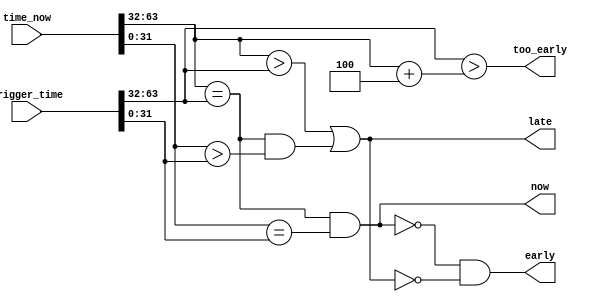

// Top 32 bits are integer seconds, bottom 32 are clock ticks within a second

module time_compare
  (input [63:0] time_now,
   input [63:0] trigger_time,
   output now,
   output early,
   output late, 
   output too_early);
   
   wire    sec_match   = (time_now[63:32] == trigger_time[63:32]);
   wire    sec_late    = (time_now[63:32] > trigger_time[63:32]);

   wire    tick_match  = (time_now[31:0] == trigger_time[31:0]);
   wire    tick_late   = (time_now[31:0] > trigger_time[31:0]);
   
   assign now 	       = sec_match & tick_match;
   assign late 	       = sec_late | (sec_match & tick_late);
   assign early        = ~now & ~late;
   assign too_early    = (trigger_time[63:32] > (time_now[63:32] + 4));  // Don't wait too long
   
endmodule // time_compare